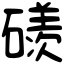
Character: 𥖄